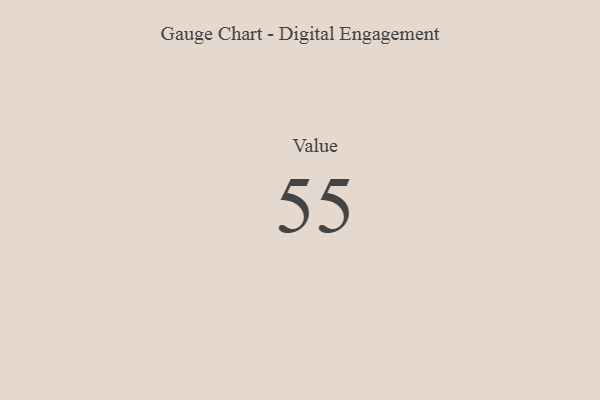
{"axis": {"x": "Metric", "y": "Value"}, "legend": [""], "data": [{"x": "Value", "y": 55, "type": ""}]}